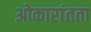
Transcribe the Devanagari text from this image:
ओकारांतता